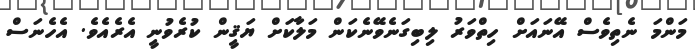
މަންމަ ނެތިވެސް އޭނައަށް ހިތްވަރު ލިބިގަނެވޭނެކަން މަލާކަށް ޔަޤީން ކުރެވުނީ އެރެއެވެ. އެހެނަސް